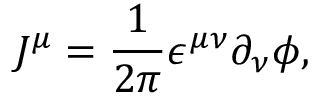
J ^ { \mu } = \frac { 1 } { 2 \pi } \epsilon ^ { \mu \nu } \partial _ { \nu } \phi ,